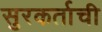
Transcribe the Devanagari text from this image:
सुरकर्ताची